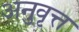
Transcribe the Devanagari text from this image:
अनुवृत्त